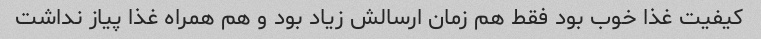
کیفیت غذا خوب بود فقط هم زمان ارسالش زیاد بود و هم همراه غذا پیاز نداشت